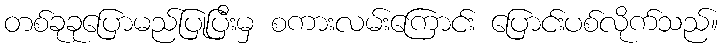
တစ်ခုခုပြောမည်ပြုပြီးမှ စကားလမ်းကြောင်း ပြောင်းပစ်လိုက်သည်။